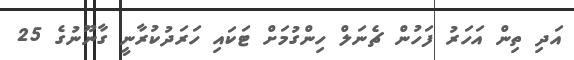
އަދި ތިން އަހަރު ފަހުން ޗެނަލް ހިންގުމަށް ޓަކައި ހަރަދުކުރާނީ ގާނޫނުގެ 25